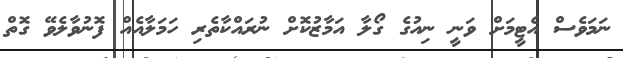
ނަމަވެސް އެޓީމަށް ވަނީ ނިއުގެ ގޯލާ އަމާޒުކޮށް ނުރައްކާތެރި ހަމަލާއެއް ފޮނުވާލެވޭ ގޮތް